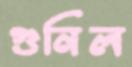
গুনিল